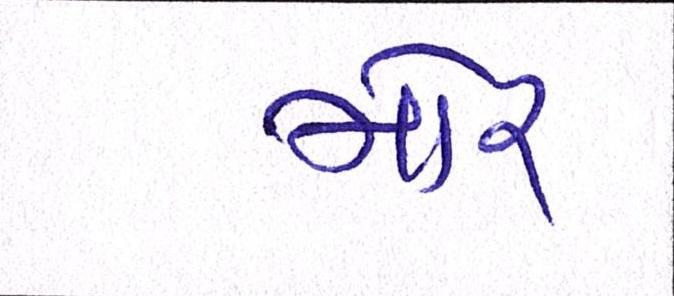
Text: મોર